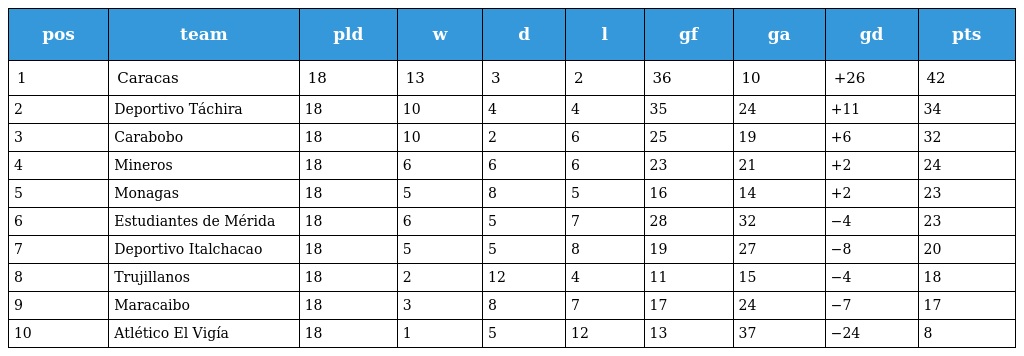
| pos | team | pld | w | d | l | gf | ga | gd | pts |
 | --- | --- | --- | --- | --- | --- | --- | --- | --- | --- |
 | 1 | Caracas | 18 | 13 | 3 | 2 | 36 | 10 | +26 | 42 |
 | 2 | Deportivo Táchira | 18 | 10 | 4 | 4 | 35 | 24 | +11 | 34 |
 | 3 | Carabobo | 18 | 10 | 2 | 6 | 25 | 19 | +6 | 32 |
 | 4 | Mineros | 18 | 6 | 6 | 6 | 23 | 21 | +2 | 24 |
 | 5 | Monagas | 18 | 5 | 8 | 5 | 16 | 14 | +2 | 23 |
 | 6 | Estudiantes de Mérida | 18 | 6 | 5 | 7 | 28 | 32 | −4 | 23 |
 | 7 | Deportivo Italchacao | 18 | 5 | 5 | 8 | 19 | 27 | −8 | 20 |
 | 8 | Trujillanos | 18 | 2 | 12 | 4 | 11 | 15 | −4 | 18 |
 | 9 | Maracaibo | 18 | 3 | 8 | 7 | 17 | 24 | −7 | 17 |
 | 10 | Atlético El Vigía | 18 | 1 | 5 | 12 | 13 | 37 | −24 | 8 |